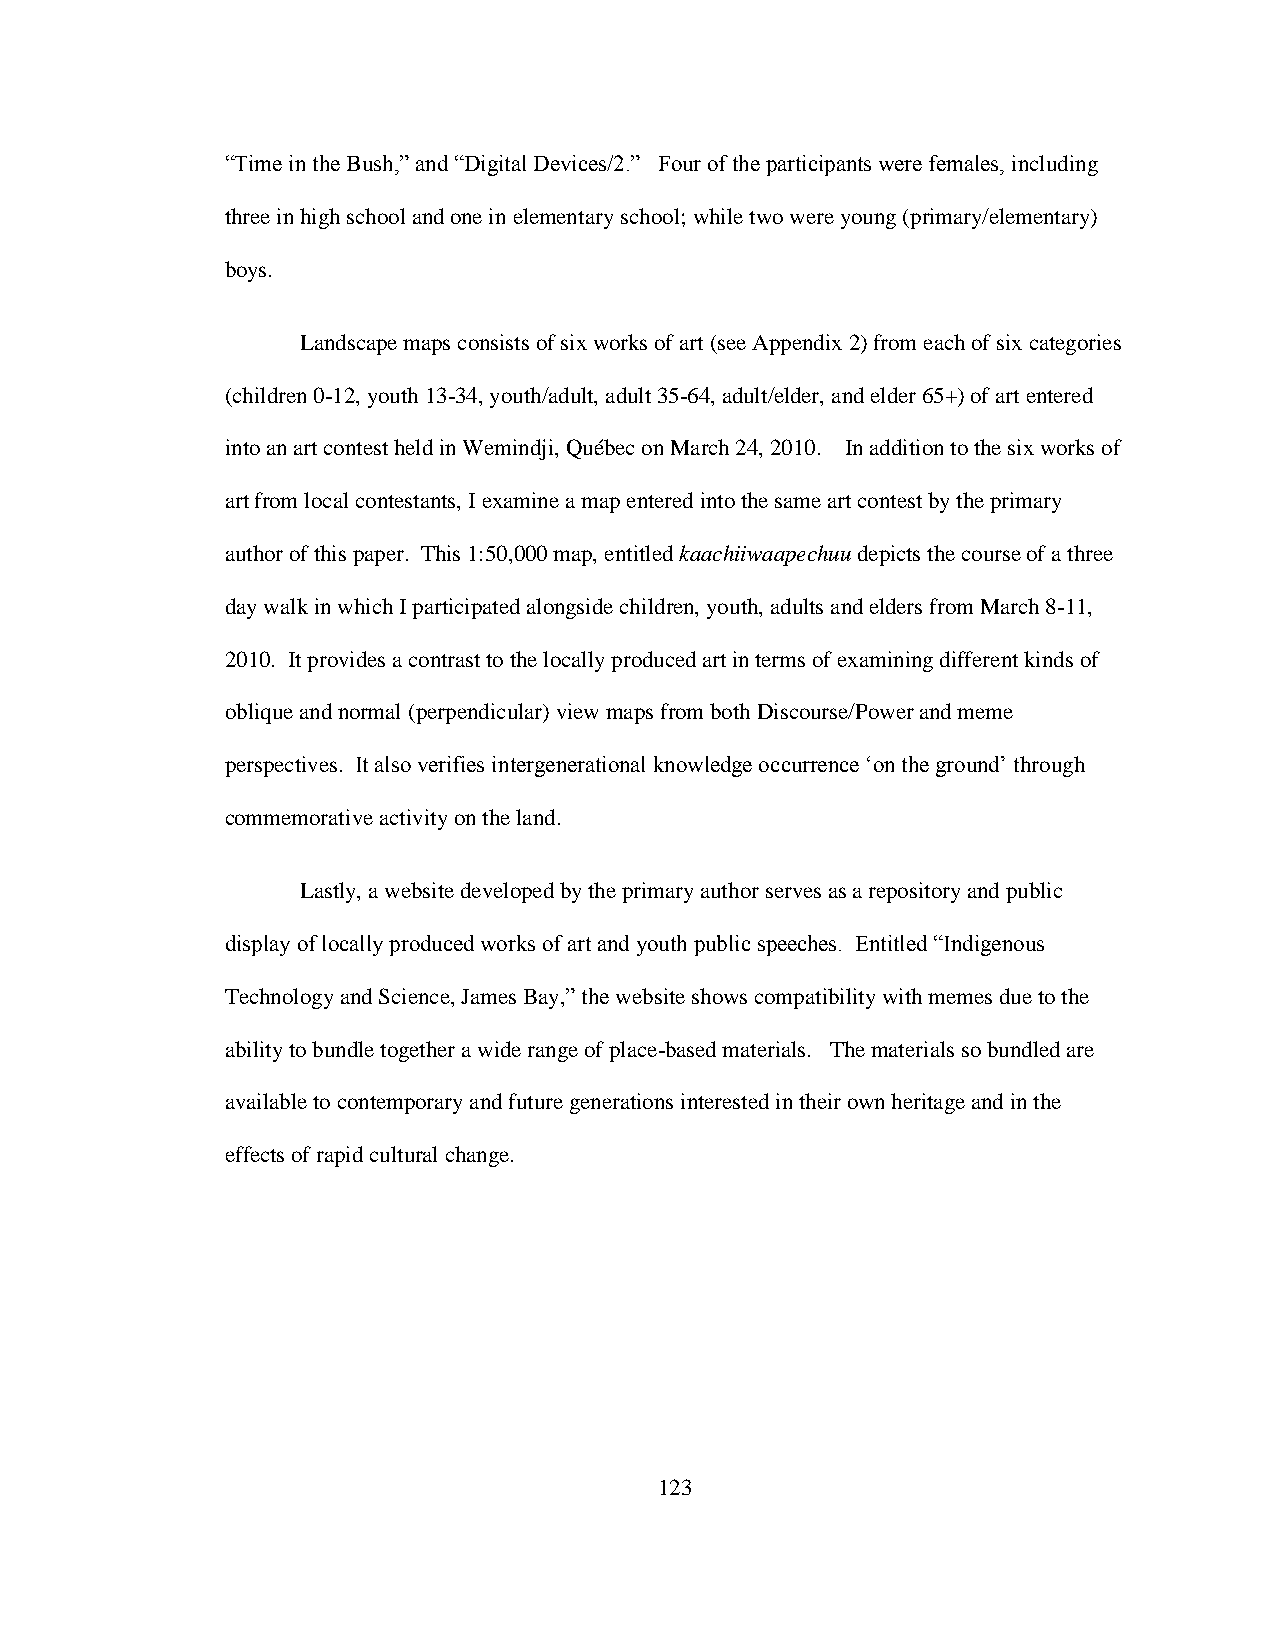
“Time in the Bush,” and “Digital Devices/2.” Four of the participants were females, including
 three in high school and one in elementary school; while two were young (primary/elementary)
 boys.
 Landscape maps consists of six works of art (see Appendix 2) from each of six categories
 (children 0-12, youth 13-34, youth/adult, adult 35-64, adult/elder, and elder 65+) of art entered
 into an art contest held in Wemindji, Québec on March 24, 2010. In addition to the six works of
 art from local contestants, I examine a map entered into the same art contest by the primary
 author of this paper. This 1:50,000 map, entitled kaachiiwaapechuu depicts the course of a three
 day walk in which I participated alongside children, youth, adults and elders from March 8-11,
 2010. It provides a contrast to the locally produced art in terms of examining different kinds of
 oblique and normal (perpendicular) view maps from both Discourse/Power and meme
 perspectives. It also verifies intergenerational knowledge occurrence „on the ground‟ through
 commemorative activity on the land.
 Lastly, a website developed by the primary author serves as a repository and public
 display of locally produced works of art and youth public speeches. Entitled “Indigenous
 Technology and Science, James Bay,” the website shows compatibility with memes due to the
 ability to bundle together a wide range of place-based materials. The materials so bundled are
 available to contemporary and future generations interested in their own heritage and in the
 effects of rapid cultural change.
 123